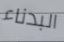
البدناء